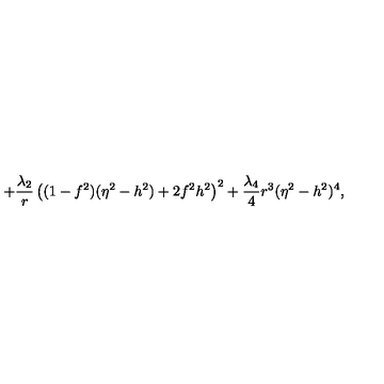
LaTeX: + \frac { \lambda _ { 2 } } { r } \left( ( 1 - f ^ { 2 } ) ( \eta ^ { 2 } - h ^ { 2 } ) + 2 f ^ { 2 } h ^ { 2 } \right) ^ { 2 } + \frac { \lambda _ { 4 } } { 4 } r ^ { 3 } ( \eta ^ { 2 } - h ^ { 2 } ) ^ { 4 } ,